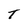
Character: T